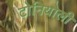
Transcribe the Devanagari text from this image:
टोनियोली